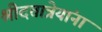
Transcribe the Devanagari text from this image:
श्रीदत्तात्रेयांना